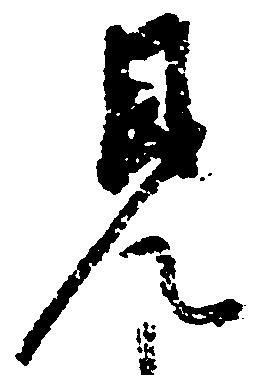
見